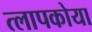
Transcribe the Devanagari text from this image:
त्लापकोया